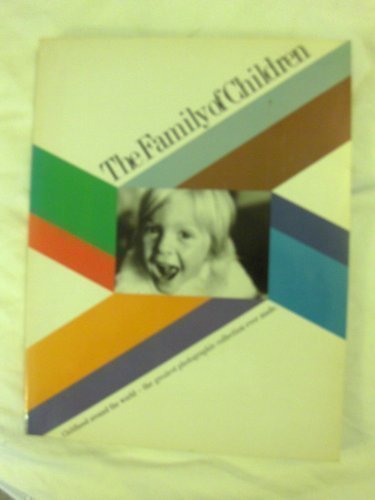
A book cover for The Family of Children; ed. Jerry Mason; Arts & Photography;